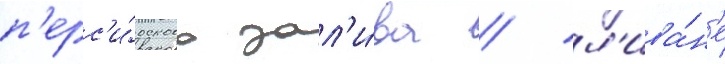
п'ерс'и́дского зал'и́ва / л'ива́н'е